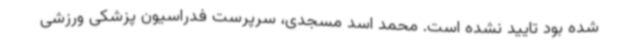
شده بود تایید نشده است. محمد اسد مسجدی، سرپرست فدراسیون پزشکی ورزشی